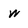
Character: w